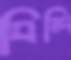
বিন্দি